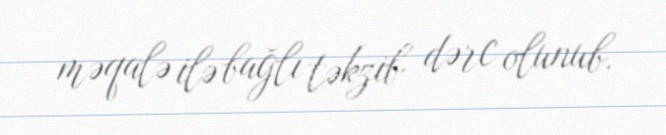
məqalə ilə bağlı təkzib dərc olunub.